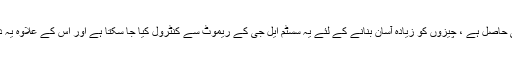
HX966TZ/TZW کو بڑ ھتی ہوئی وسیع رینج کے کسٹم ڈیزائنڈ ایل جی اپلی کیشنز تک رسائی حاصل ہے ، چیزوں کو زیادہ آسان بنانے کے لئے یہ سسٹم ایل جی کے ریموٹ سے کنٹرول کیا جا سکتا ہے اور اس کے علاوہ یہ دو ایچ ڈی ایم آئی اِن اور ایک آوٹ سے بھی لیس ہے ۔